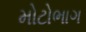
મોટોભાગ